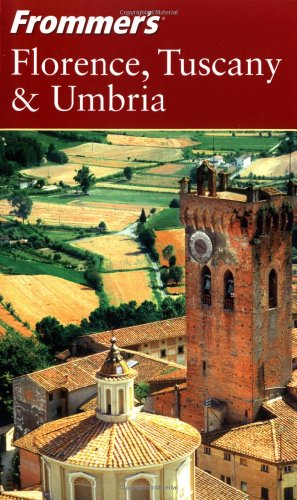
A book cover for Frommer's Florence, Tuscany & Umbria (Frommer's Complete Guides); Reid Bramblett; Travel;